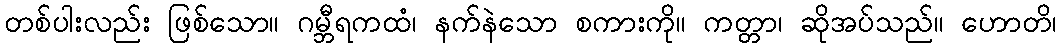
တစ်ပါးလည်း ဖြစ်သော။ ဂမ္ဘီရကထံ၊ နက်နဲသော စကားကို။ ကတ္တာ၊ ဆိုအပ်သည်။ ဟောတိ၊